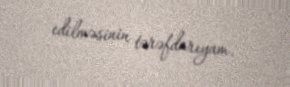
edilməsinin tərəfdarıyam.